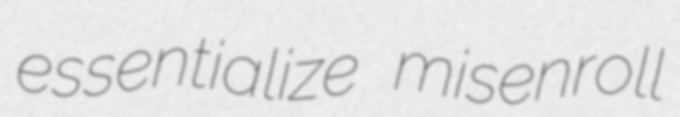
essentialize misenroll